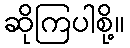
ဆိုကြပါစို့။